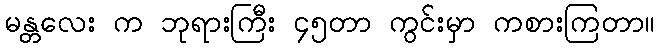
မန္တလေး က ဘုရားကြီး ၄၅တာ ကွင်းမှာ ကစားကြတာ။